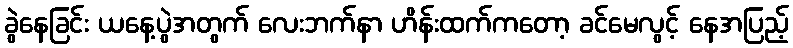
ခွဲနေခြင်း ယနေ့ပွဲအတွက် လေးဘက်နာ ဟိန်းထက်ကတော့ ခင်မေလွင့် နေအပြည့်